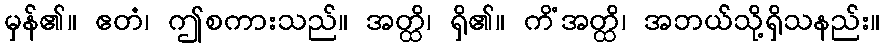
မှန်၏။ ဧတံ၊ ဤစကားသည်။ အတ္ထိ၊ ရှိ၏။ ကိံအတ္ထိ၊ အဘယ်သို့ရှိသနည်း။